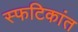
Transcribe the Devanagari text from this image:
स्फटिकांत